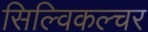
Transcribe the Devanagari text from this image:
सिल्विकल्चर